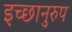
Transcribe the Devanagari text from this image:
इच्छानुरुप